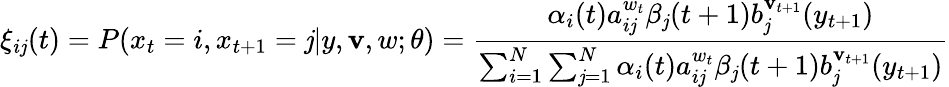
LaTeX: \xi_{i\mathit{j}}(t)=P(x_{t}=i,x_{t+1}=\mathit{j}|y,\mathbf{v},w;\theta)={\frac{{\alpha_{i}(t)a_{i\mathit{j}}^{w_{t}}\beta_{\mathit{j}}(t+1)b_{\mathit{j}}^{\mathbf{v}_{t+1}}(y_{t+1})}}{{\sum_{i=1}^{N}\sum_{\mathit{j}=1}^{N}\alpha_{i}(t)a_{i\mathit{j}}^{w_{t}}\beta_{\mathit{j}}(t+1)b_{\mathit{j}}^{\mathbf{v}_{t+1}}(y_{t+1})}}}